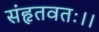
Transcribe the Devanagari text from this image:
संहृतवतः।।